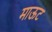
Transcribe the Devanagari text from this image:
माऊट